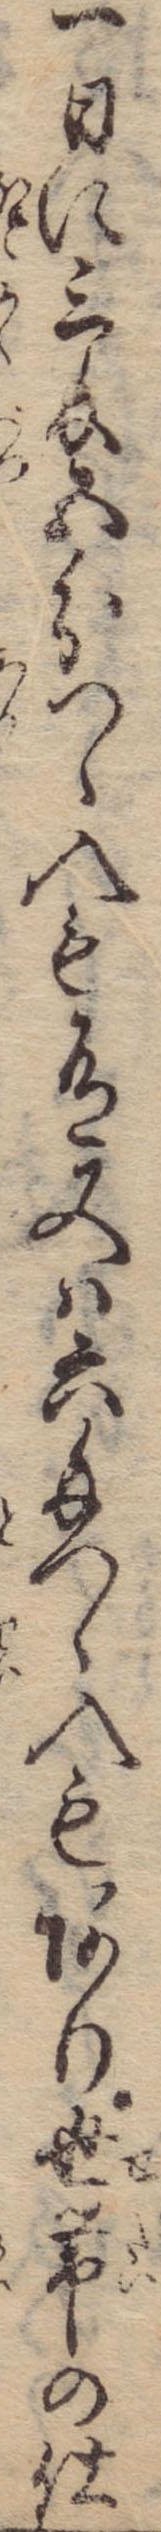
一日に三匁五分つゝ入も有又は六匁つゝ入もあり世帯の仕